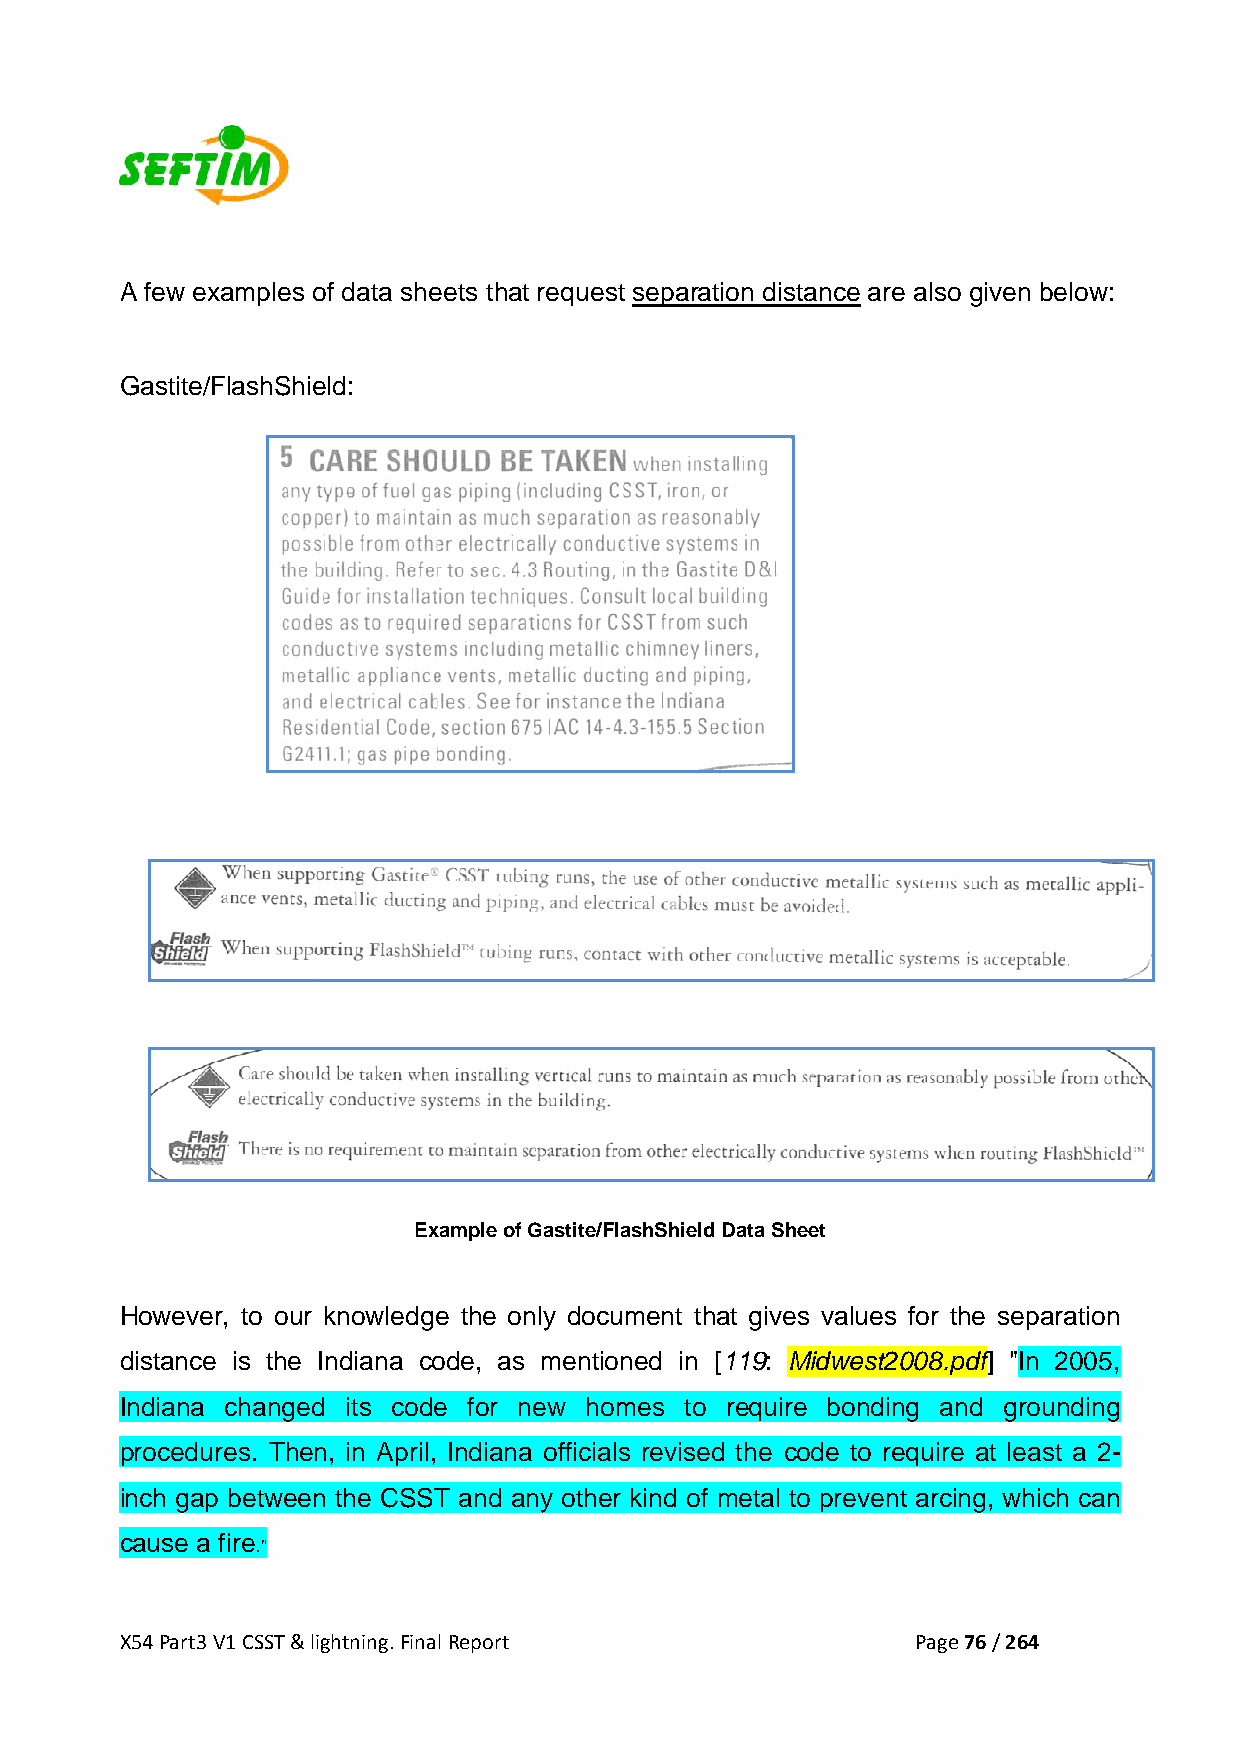
A few examples of data sheets that request separation distance are also given below:
 Gastite/FlashShield:
 Example of Gastite/FlashShield Data Sheet
 However, to our knowledge the only document that gives values for the separation
 distance is the Indiana code, as mentioned in [119: Midwest2008.pdf] "In 2005,
 Indiana changed its code for new homes to require bonding and grounding
 procedures. Then, in April, Indiana officials revised the code to require at least a 2-
 inch gap between the CSST and any other kind of metal to prevent arcing, which can
 cause a fire
 ."
 X54 Part3 V1 CSST & lightning. Final Report          Page 76 / 264